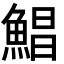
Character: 鯧